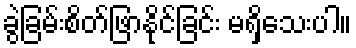
ခွဲခြမ်းစိတ်ဖြာနိုင်ခြင်း မရှိသေးပါ။